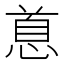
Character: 𪬐